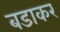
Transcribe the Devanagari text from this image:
बडाकर